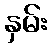
နှမ်း